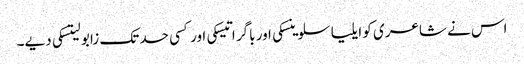
اس نے شاعری کو ایلیا سلوینسکی اور باگر اتیسکی اور کسی حد تک زابو لیتسکی دیے۔